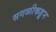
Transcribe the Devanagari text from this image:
सगळीकडून